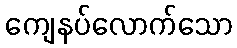
ကျေနပ်လောက်သော